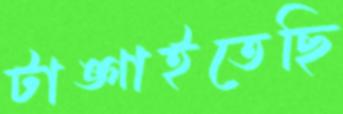
টাঙ্গাইতেছি